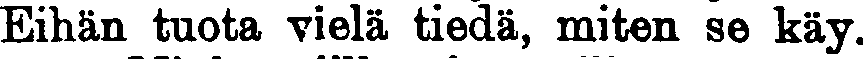
Eihän tuota vielä tiedä, miten se käy.